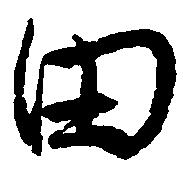
田